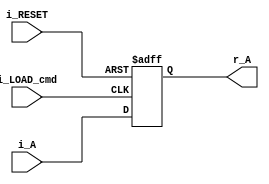
`timescale 1ns / 1ps

module multiplicand(
    i_RESET,
    i_A,
    i_LOAD_cmd,
    r_A    
    );

    input i_RESET, i_LOAD_cmd;
    input[3:0] i_A;
    output reg [3:0] r_A;   
        
    always @(posedge i_LOAD_cmd, negedge i_RESET)
    begin
        if(i_RESET == 1'b0)
            r_A <= 4'b0000;     // clear register
        else
            r_A <= i_A;         // load register   
    end
        
endmodule